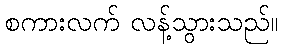
စကားလက် လန့်သွားသည်။